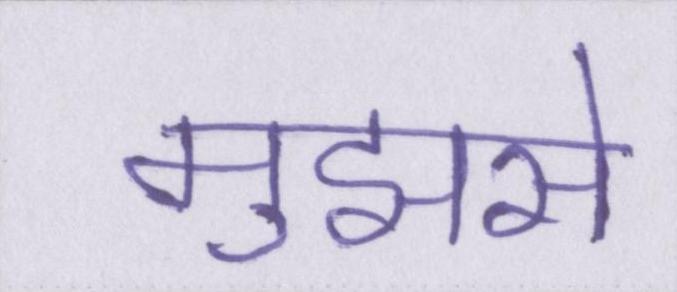
मुझसे